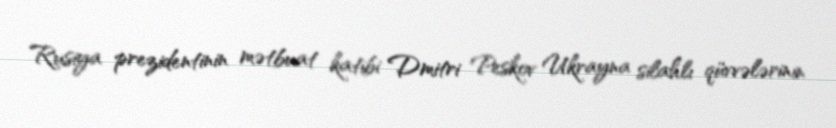
Rusiya prezidentinin mətbuat katibi Dmitri Peskov Ukrayna silahlı qüvvələrinin